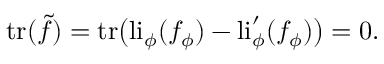
\mathrm { t r } ( \tilde { f } ) = \mathrm { t r } \big ( \mathrm { l i } _ { \phi } ( f _ { \phi } ) - \mathrm { l i } _ { \phi } ^ { \prime } ( f _ { \phi } ) \big ) = 0 .